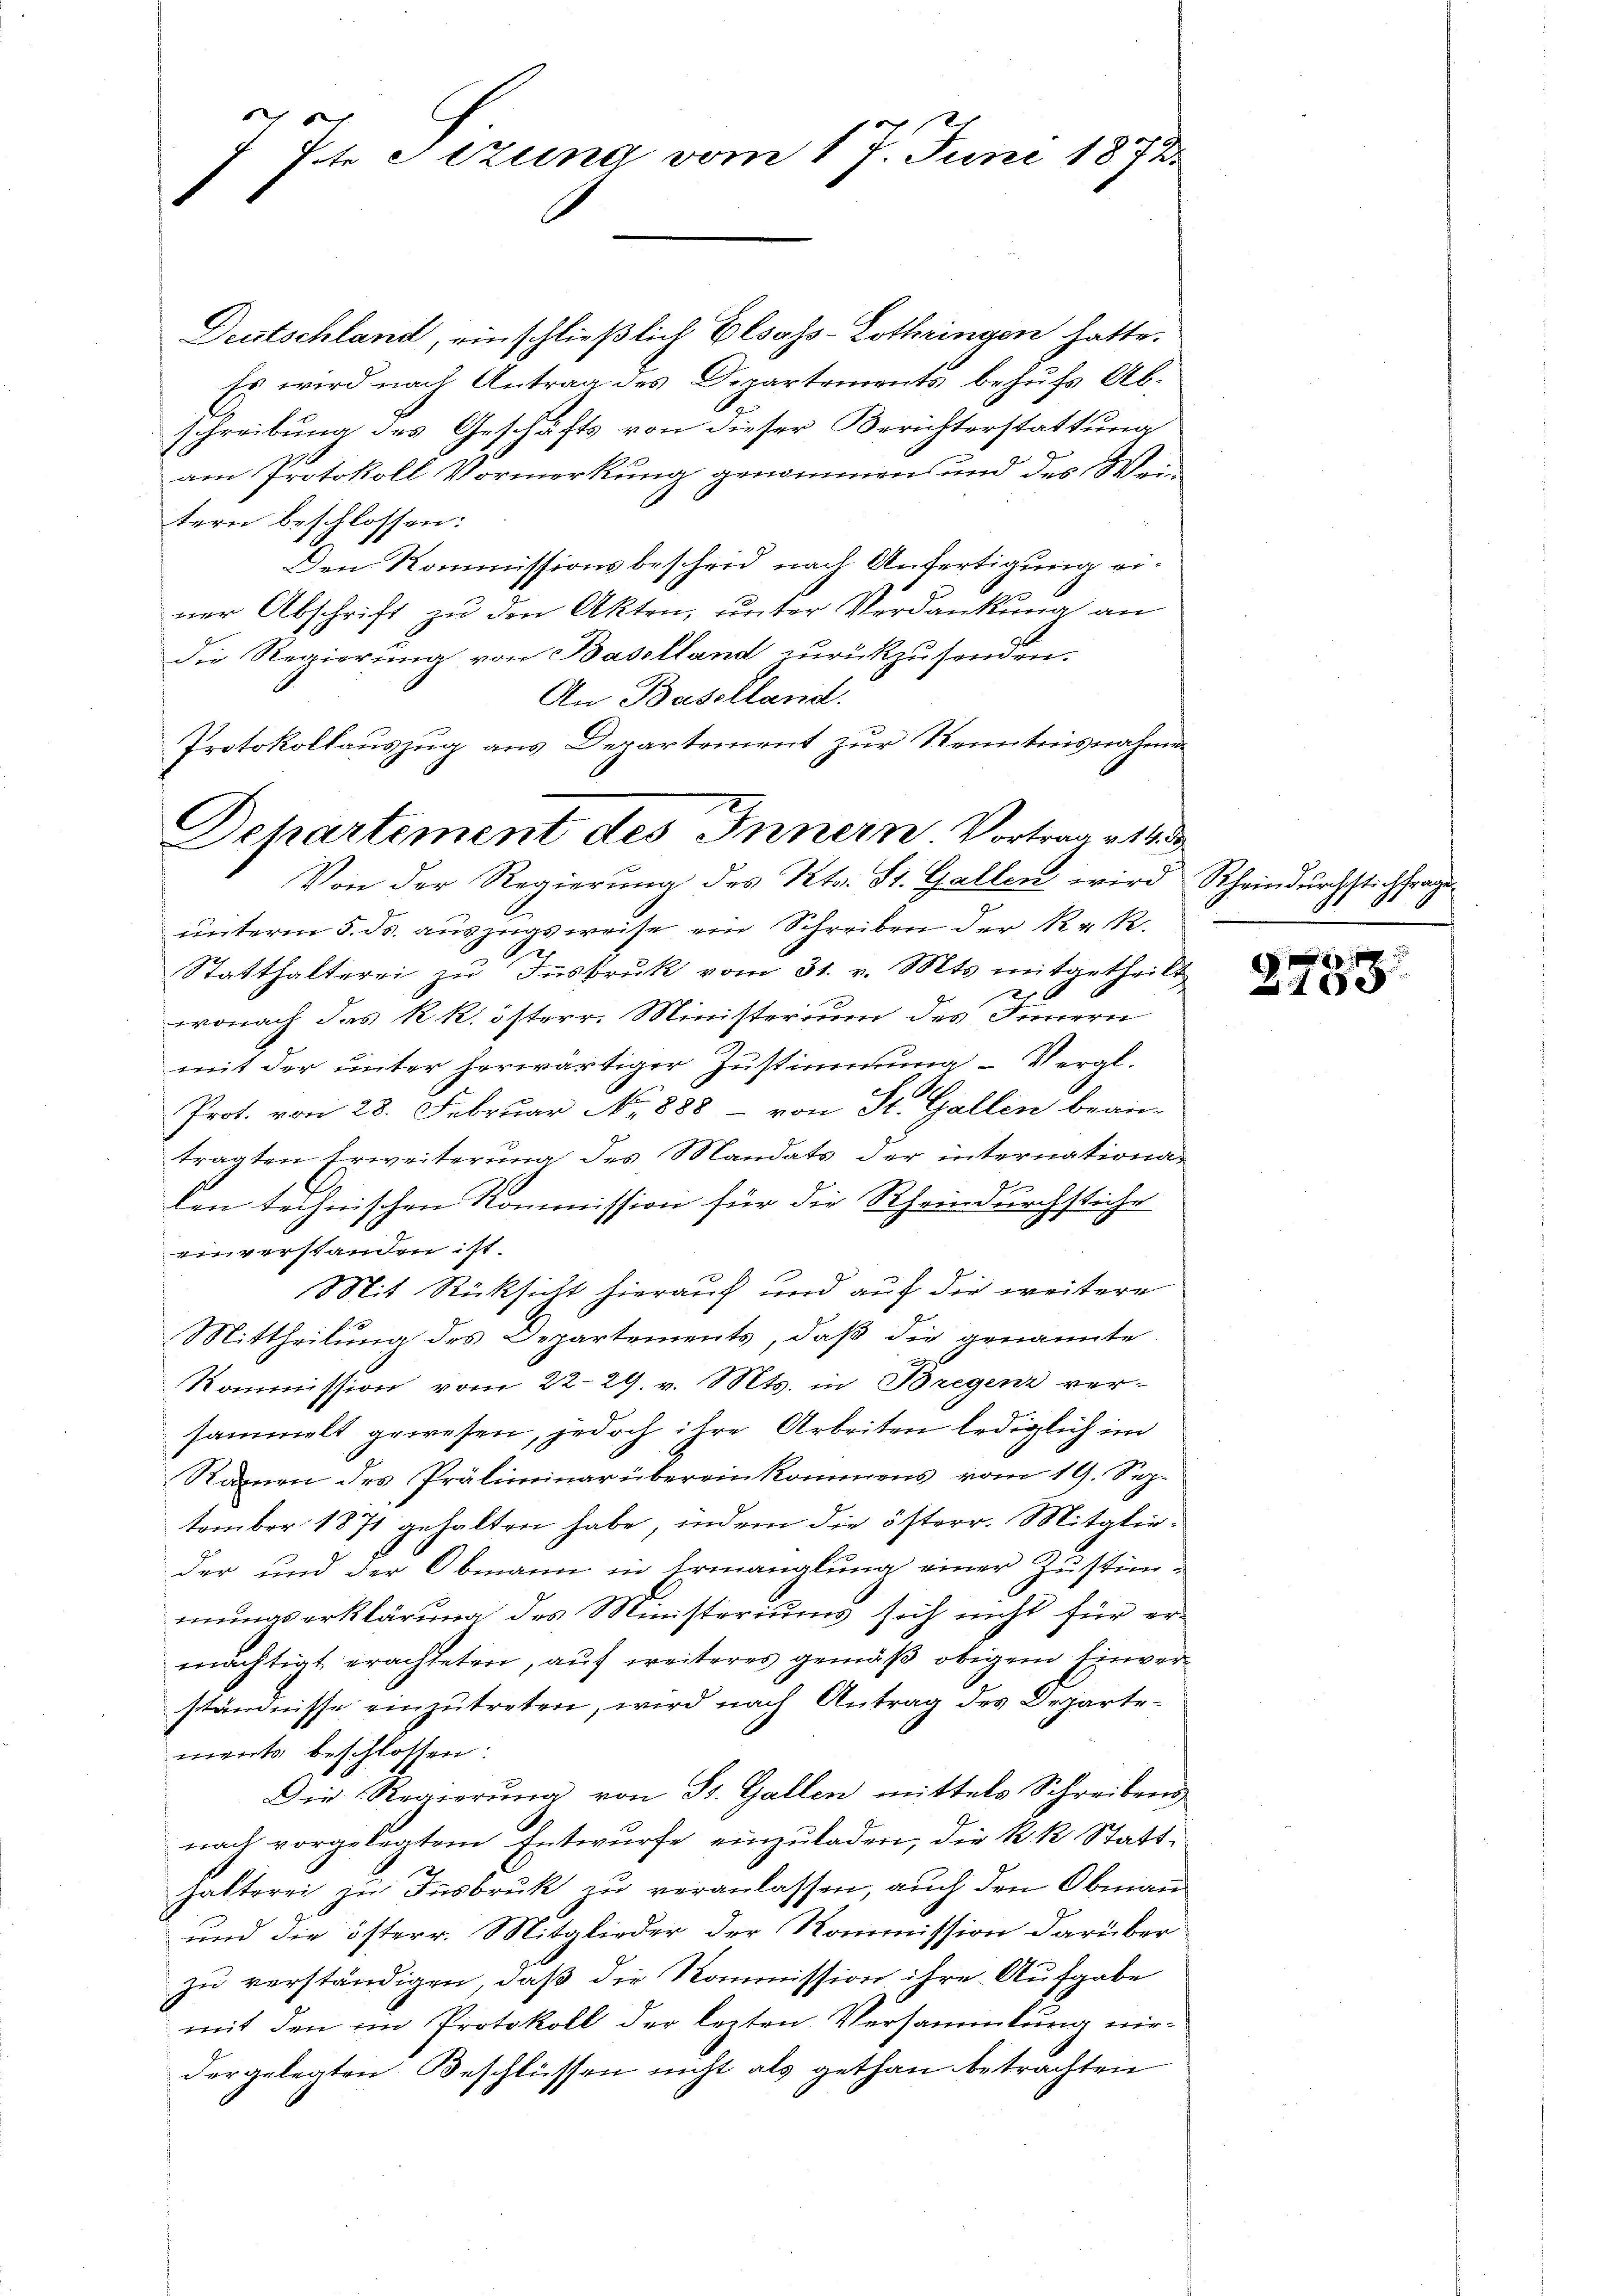
7 St. Sizung vom 17. Juni 1873.

Deutschland, einschließlich Elsass-Lothringen hatte.
Es wird nach Antrag des Departements behufs Abschreibung des Geschäfts von dieser Berichterstattung
am Protokoll Vormerkung genommen und des Weitern beschlossen:
Den Kommissionsbescheid nach Anfertigung einer Abschrift zu den Akten, unter Verdankung an
die Regierung von Baselland zurückzusenden.
An Baselland.
Protokollauszug aus Departement zur Kenntnisnahmen

Departement des Innern Vortrage 1833
Von der Regierŭng des Kts. St. Gallen wird Rheindurchstichtrag

unterm 5. ds. auszugsweise ein Schreiben der K. R.
2
Statthalterei zu Insbruk vom 31. v. Mts. mitgetheilt
wonach das k. k. österr. Ministerium des Innern
mit der unter herwärtiger Zustimmung – Vergl.
Prot. von 28. Februar No 888 von St. Gallen bean-
tragten Erweiterung des Mandats der internationa-
len technischen Kommission für die Rheindurchstiche
einverstanden ist.
Mit Rücksicht hierauf und auf die weitere
Mittheilung des Departements, daß die genannte
F
Kommission vom 22. 29. v. Mts. in Bregenz versammelt gewesen, jedoch ihre Arbeiten lediglich im
Rainen des Präliminar übereinkommens vom 19. Sep.
tember 1871 gehalten habe, indem die österr. Mitglieder und der Obmann in Ermanglung einer Zustim-
mungserklärung des Ministeriums sich nicht für ermächtigt erachteten, auf weiteres gemäß obigem Einverständnisse einzutreten, wird nach Antrag des Departe
ments beschlossen:
Die Regierŭng von St. Gallen mittels Schreibens
nach vorgelegtem Entwurfe einzuladen, die k. k. Statthalterei zu Insbruk zu veranlassen, auch den Obmann
und die österr. Mitglieder der Kommission darüber
zu verständigen, daß die Kommission ihre Aufgabe
mit den im Protokoll der lezten Versammlung nirdergelegten Beschlüssen nicht als gethan betrachten

e

e